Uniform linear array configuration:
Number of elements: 64
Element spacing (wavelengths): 0.75
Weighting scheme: uniform
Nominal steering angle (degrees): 15
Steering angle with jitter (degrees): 15.526
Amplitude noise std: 0.05
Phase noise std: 0.05

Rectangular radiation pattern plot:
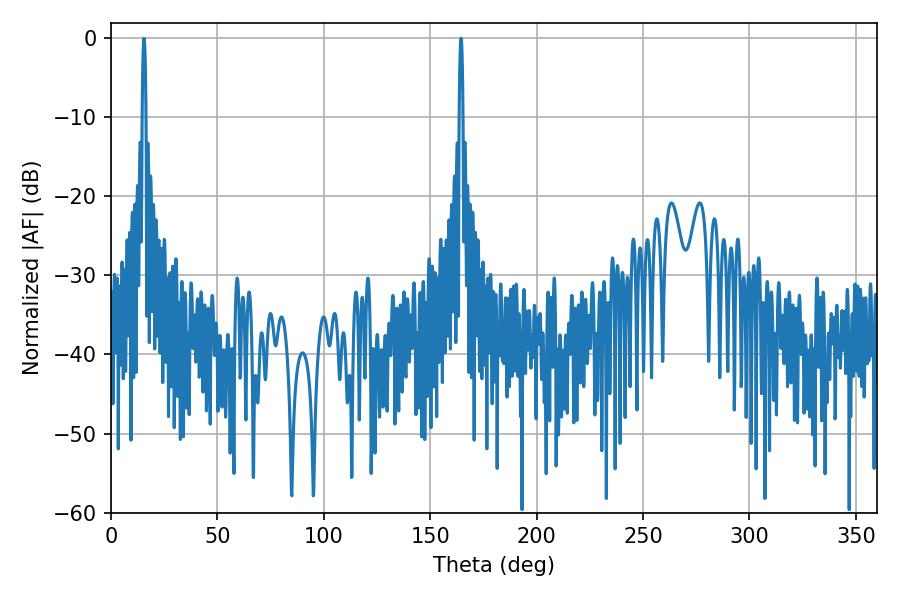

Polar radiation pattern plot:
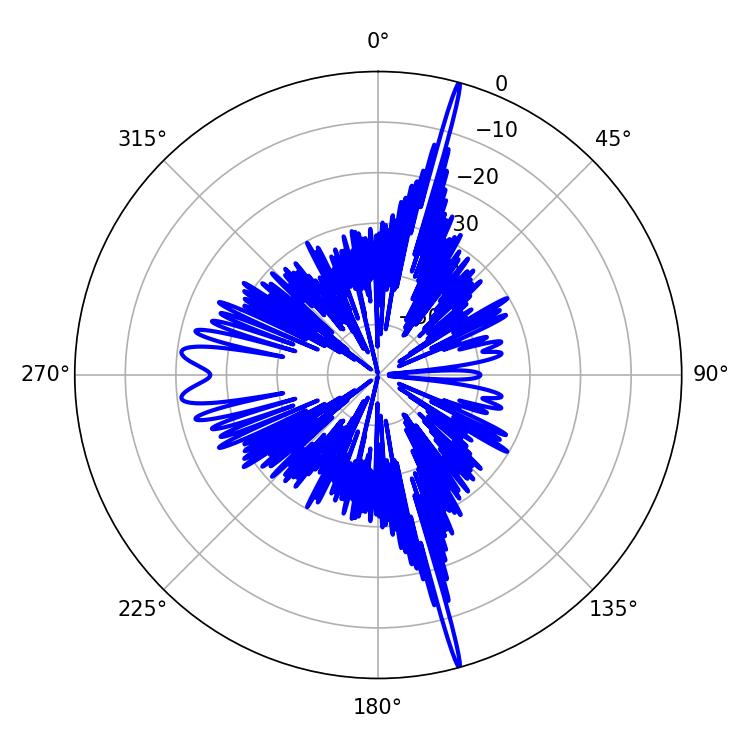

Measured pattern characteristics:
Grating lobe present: TRUE
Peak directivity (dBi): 23.523
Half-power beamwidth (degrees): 0.9
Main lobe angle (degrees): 15.48